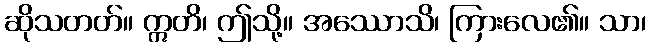
ဆိုသတတ်။ ဣတိ၊ ဤသို့။ အဿောသိ၊ ကြားလေ၏။ သာ၊